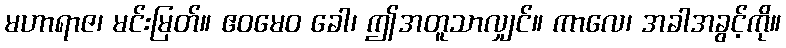
မဟာရာဇ၊ မင်းမြတ်။ ဧဝမေဝ ခေါ၊ ဤအတူသာလျှင်။ ကာလေ၊ အခါအခွင့်ကို။